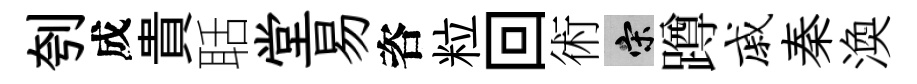
刳成貴聒堂易咨粒回術宋蹲戚秦渙